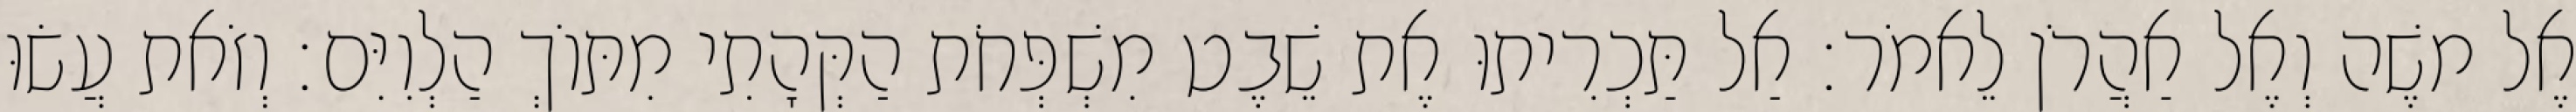
אֶל משֶׁה וְאֶל אַהֲרֹן לֵאמֹר׃ אַל תַּכְרִיתוּ אֶת שֵׁבֶט מִשְׁפְּחֹת הַקְּהָתִי מִתּוֹךְ הַלְוִיִּם׃ וְזֹאת עֲשׂוּ